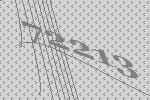
72213